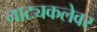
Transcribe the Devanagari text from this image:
नाट्यकलेवर